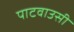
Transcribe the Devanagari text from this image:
पाटवाउसी